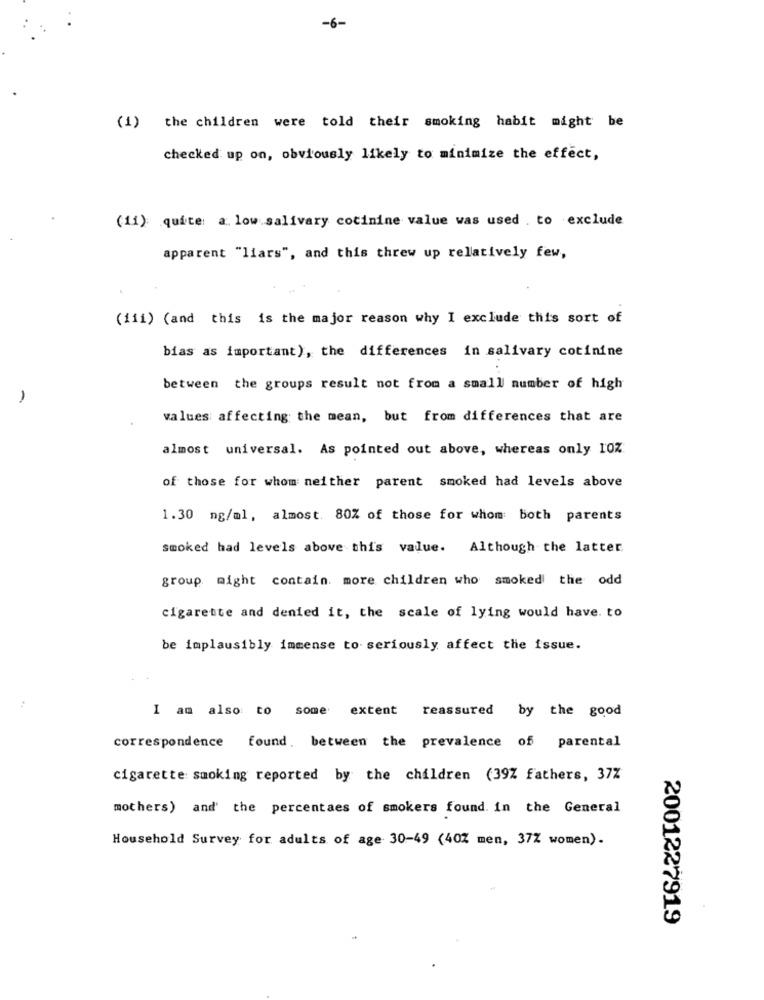
-6-
(1) the children were told their smoking habit might be
checked up on, obviously likely to minimize the effect,
(11): quite: a. low salivary cotinine value was used . to exclude
apparent "liars", and this threw up relatively few,
(iii) (and this is the major reason why I exclude this sort of
bias as important), the differences in salivary cotinine
between the groups result not from a small number of high
-
values affecting the mean, but from differences that are
almost universal. As pointed out above, whereas only 10Z.
of those for whom neither parent smoked had levels above
1.30 ng/ml, almost. 80% of those for whom both parents
smoked had levels above this value. Although the latter
group might contain more children who smoked the odd
cigarette and denied it, the scale of lying would have. to
be implausibly immense to seriously affect the issue.
I am also to some extent
reassured by the good
correspondence found. between the prevalence of parental
cigarette smoking reported by the children (39Z fathers, 37%
mothers) and' the percentaes of smokers found. in the General
Household Survey for adults of age 30-49 (40Z men, 37% women).
2001227919